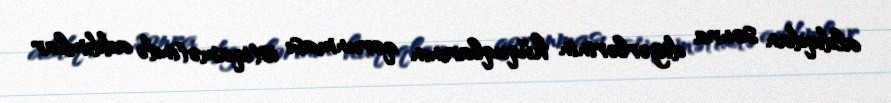
aldıqdan sonra digərlərinin hüquqlarının qorunması istiqamətində addımlar